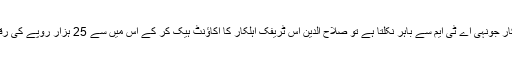
پھر ٹریفک اہلکار جونہی اے ٹی ایم سے باہر نکلتا ہے تو صلاح الدین اس ٹریفک اہلکار کا اکاؤنٹ ہیک کر کے اس میں سے 25 ہزار روپے کی رقم نکال لیتا ہے۔